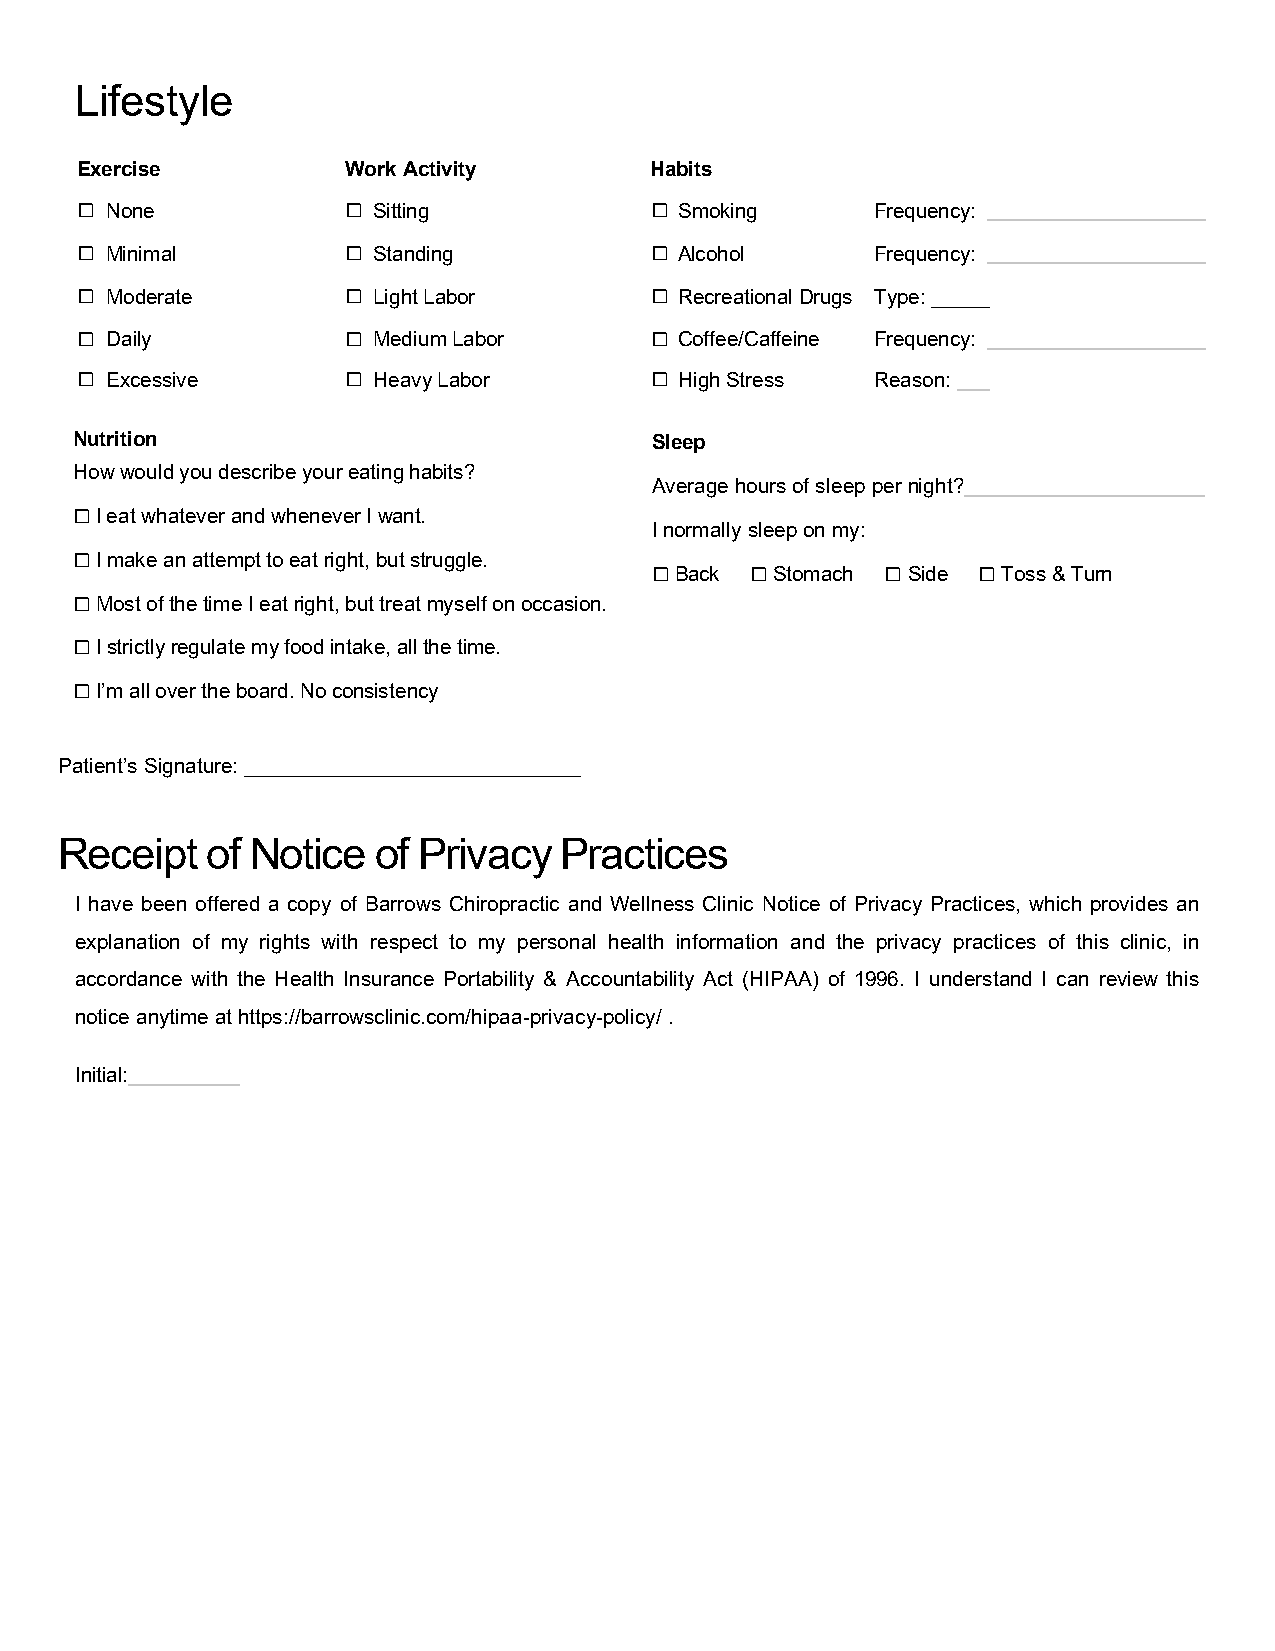
Lifestyle
 Exercise          Work Activity       Habits
 None              Sitting             Smoking      Frequency:
 Minimal           Standing            Alcohol      Frequency:
 ⧠                 ⧠                   ⧠
 Moderate          Light Labor         Recreational Drugs Type: ______
 ⧠                 ⧠                   ⧠
 Daily             Medium Labor        Coffee/Caffeine Frequency:
 ⧠                 ⧠                   ⧠
 Excessive         Heavy Labor         High Stress  Reason:
 ⧠                 ⧠                   ⧠
 ⧠                 ⧠                   ⧠
 Nutrition                             Sleep
 How would you describe your eating habits?
 Average hours of sleep per night?
 I eat whatever and whenever I want.
 I normally sleep on my:
 I make an attempt to eat right, but struggle.
 ⧠
 Back  Stomach  Side  Toss & Turn
 Most of the time I eat right, but treat myself on occasion.
 ⧠
 ⧠      ⧠        ⧠     ⧠
 I strictly regulate my food intake, all the time.
 ⧠
 I’m all over the board. No consistency
 ⧠
 ⧠
 Patient’s Signature: _____________________________
 Receipt   of Notice  of Privacy  Practices
 I have been offered a copy of Barrows Chiropractic and Wellness Clinic Notice of Privacy Practices, which provides an
 explanation of my rights with respect to my personal health information and the privacy practices of this clinic, in
 accordance with the Health Insurance Portability & Accountability Act (HIPAA) of 1996. I understand I can review this
 notice anytime at https://barrowsclinic.com/hipaa-privacy-policy/ .
 Initial: